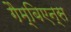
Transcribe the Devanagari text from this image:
गैम्बिएन्स